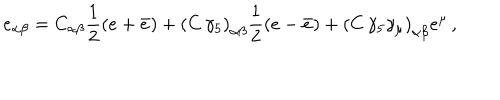
e _ { \alpha \beta } = C _ { \alpha \beta } { \frac { 1 } { 2 } } ( e + \bar { e } ) + \left( C \, \gamma _ { 5 } \right) _ { \alpha \beta } { \frac { 1 } { 2 } } ( e - \bar { e } ) + \left( C \, \gamma _ { 5 } \gamma _ { \mu } \right) _ { \alpha \beta } e ^ { \mu } \, ,